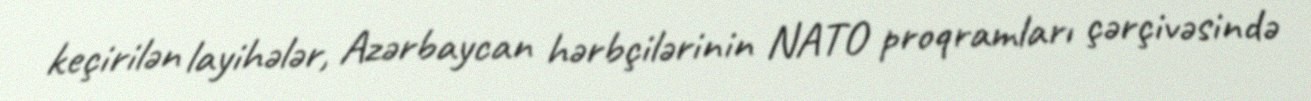
keçirilən layihələr, Azərbaycan hərbçilərinin NATO proqramları çərçivəsində